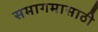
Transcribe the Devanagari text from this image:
समागमासाठी